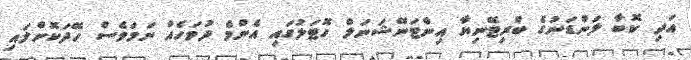
އަދި ކޮބާ ލަންޑަނުގެ ބްރިޓޭނިޔާ އިންޓަނޭޝަނަލް ހޮޓަލުގައި އެންމެ ދުވަހެއް ނަމަވެސް ހޭދަކޮށްލައި